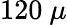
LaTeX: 120~\mu